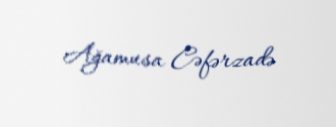
Ağamusa Cəfərzadə